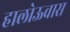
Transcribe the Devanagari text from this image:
हालोऊवास